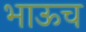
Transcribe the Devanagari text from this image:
भाऊच